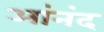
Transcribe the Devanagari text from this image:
आंनंद